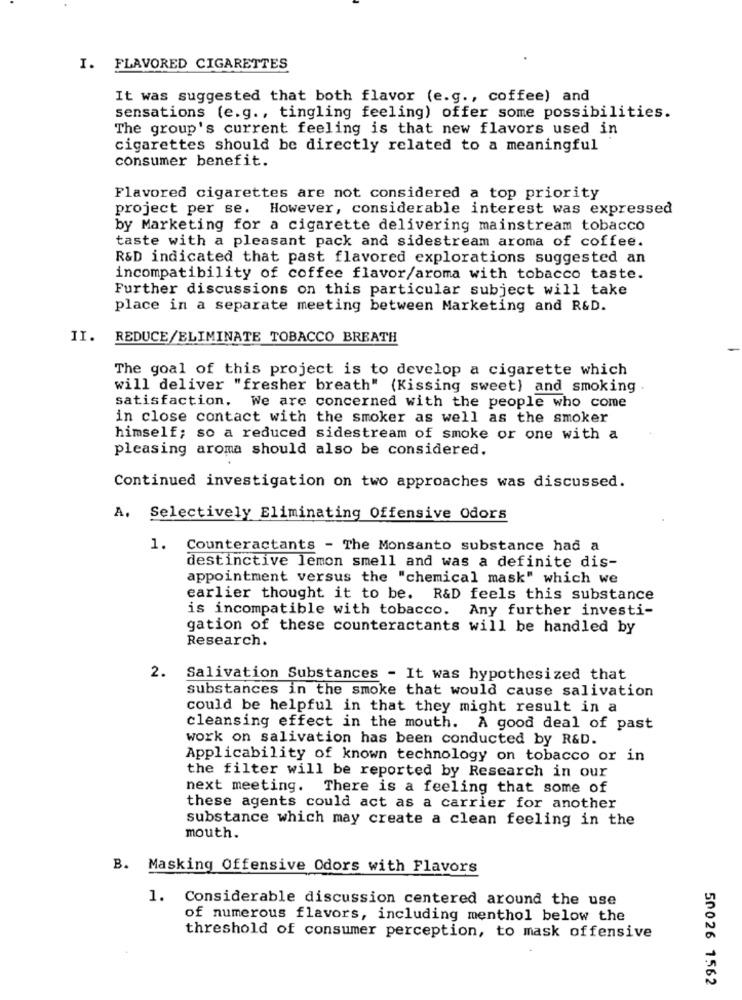
I. FLAVORED CIGARETTES
It was suggested that both flavor (e.g ., coffee) and
sensations (e.g ., tingling feeling) offer some possibilities.
The group's current feeling is that new flavors used in
cigarettes should be directly related to a meaningful
consumer benefit.
Flavored cigarettes are not considered a top priority
project per se. However, considerable interest was expressed
by Marketing for a cigarette delivering mainstream tobacco
taste with a pleasant pack and sidestream aroma of coffee.
R&D indicated that past flavored explorations suggested an
incompatibility of coffee flavor/aroma with tobacco taste.
Further discussions on this particular subject will take
place in a separate meeting between Marketing and R&D.
II. REDUCE/ELIMINATE TOBACCO BREATH
The goal of this project is to develop a cigarette which
will deliver "fresher breath" (Kissing sweet) and smoking
satisfaction. We are concerned with the people who come
in close contact with the smoker as well as the smoker
himself; so a reduced sidestream of smoke or one with a
pleasing aroma should also be considered.
Continued investigation on two approaches was discussed.
A.
Selectively Eliminating Offensive Odors
1. Counteractants - The Monsanto substance had a
destinctive lemon smell and was a definite dis-
appointment versus the "chemical mask" which we
earlier thought it to be. R&D feels this substance
is incompatible with tobacco. Any further investi-
gation of these counteractants will be handled by
Research.
2. Salivation Substances - It was hypothesized that
substances in the smoke that would cause salivation
could be helpful in that they might result in a
cleansing effect in the mouth. A good deal of past
work on salivation has been conducted by R&D.
Applicability of known technology on tobacco or in
the filter will be reported by Research in our
next meeting. There is a feeling that some of
these agents could act as a carrier for another
substance which may create a clean feeling in the
mouth.
B. Masking Offensive Odors with Flavors
1. Considerable discussion centered around the use
of numerous flavors, including menthol below the
threshold of consumer perception, to mask offensive
50026 1562